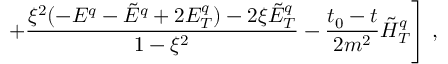
\left. + \frac { \xi ^ { 2 } ( - E ^ { q } - \tilde { E } ^ { q } + 2 E _ { T } ^ { q } ) - 2 \xi \tilde { E } _ { T } ^ { q } } { 1 - \xi ^ { 2 } } - \frac { t _ { 0 } - t } { 2 m ^ { 2 } } \tilde { H } _ { T } ^ { q } \right] \, ,